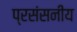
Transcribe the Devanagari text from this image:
प्रसंसनीय